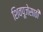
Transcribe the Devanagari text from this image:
शिवपूजेसाठी